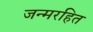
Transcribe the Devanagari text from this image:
जन्मरहित